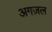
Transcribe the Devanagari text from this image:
अगज़ल